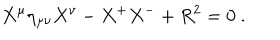
X ^ { \mu } \eta _ { \mu \nu } X ^ { \nu } - X ^ { + } X ^ { - } + R ^ { 2 } = 0 \ .